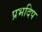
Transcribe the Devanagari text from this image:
प्रभदिप